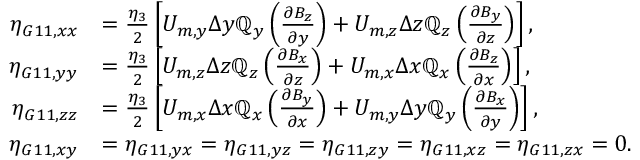
\begin{array} { r l } { \eta _ { G 1 1 , x x } } & { = \frac { \eta _ { 3 } } { 2 } \left[ U _ { m , y } \Delta y \mathbb { Q } _ { y } \left( \frac { \partial B _ { z } } { \partial y } \right) + U _ { m , z } \Delta z \mathbb { Q } _ { z } \left( \frac { \partial B _ { y } } { \partial z } \right) \right] , } \\ { \eta _ { G 1 1 , y y } } & { = \frac { \eta _ { 3 } } { 2 } \left[ U _ { m , z } \Delta z \mathbb { Q } _ { z } \left( \frac { \partial B _ { x } } { \partial z } \right) + U _ { m , x } \Delta x \mathbb { Q } _ { x } \left( \frac { \partial B _ { z } } { \partial x } \right) \right] , } \\ { \eta _ { G 1 1 , z z } } & { = \frac { \eta _ { 3 } } { 2 } \left[ U _ { m , x } \Delta x \mathbb { Q } _ { x } \left( \frac { \partial B _ { y } } { \partial x } \right) + U _ { m , y } \Delta y \mathbb { Q } _ { y } \left( \frac { \partial B _ { x } } { \partial y } \right) \right] , } \\ { \eta _ { G 1 1 , x y } } & { = \eta _ { G 1 1 , y x } = \eta _ { G 1 1 , y z } = \eta _ { G 1 1 , z y } = \eta _ { G 1 1 , x z } = \eta _ { G 1 1 , z x } = 0 . } \end{array}